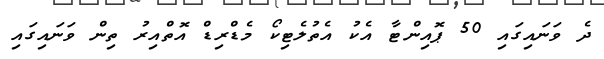
ދެ ވަނައިގައި 50 ޕޮއިންޓާ އެކު އެތުލެޓިކޯ މެޑްރިޑް އޮތްއިރު ތިން ވަނައިގައި